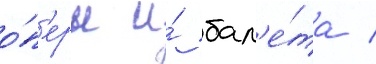
о́п'еры и́ бал'е́та /